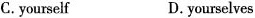
C.yourself D. yourselves